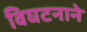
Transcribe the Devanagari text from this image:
विघटनाने